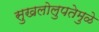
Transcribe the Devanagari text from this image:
सुखलोलुपतेमुळे